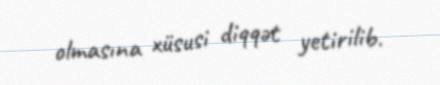
olmasına xüsusi diqqət yetirilib.